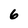
Character: 6